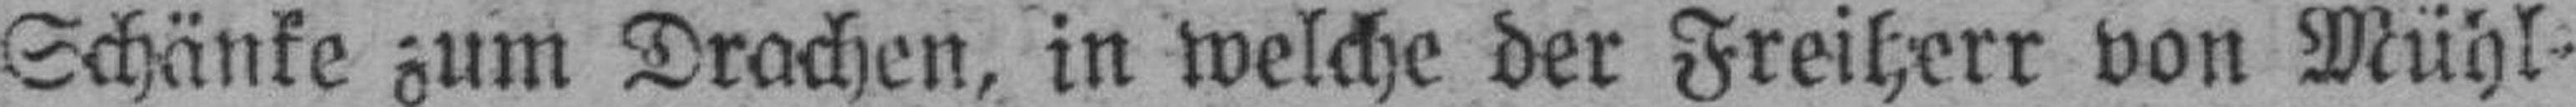
Schänke zum Drachen, in welche der Freiherr von Mühl¬